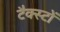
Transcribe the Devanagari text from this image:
टैक्स्टों